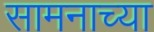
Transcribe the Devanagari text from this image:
सामनाच्या